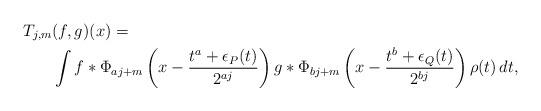
LaTeX: \begin{align*}T_{j,m}&(f,g)(x)=\\&\int f*\Phi_{aj+m}\left(x-\frac{t^a+\epsilon_P(t)}{2^{aj}}\right)g*\Phi_{bj+m}\left(x-\frac{t^b+\epsilon_Q(t)}{2^{bj}}\right)\rho(t)\,dt,\end{align*}